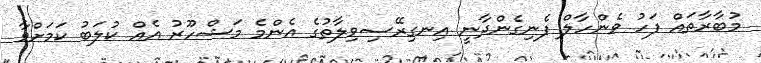
މުބާރާތައް ފަހު ވެންހާލް ފެނިގެންދާނީ އިނގިރޭސިވިލާތުގެ އެންމެ މަޝްހޫރު އެއް ކުލަބު ކަމަށްވާ